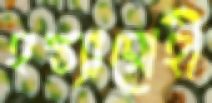
হস্ত্যারোহী